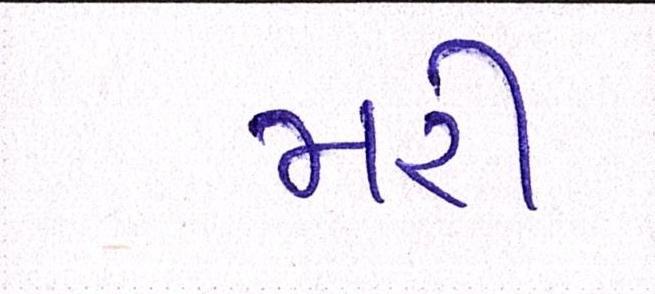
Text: મરી